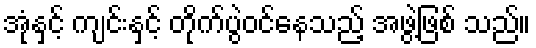
အုံနှင့် ကျင်းနှင့် တိုက်ပွဲဝင်နေသည့် အဖွဲ့ဖြစ် သည်။